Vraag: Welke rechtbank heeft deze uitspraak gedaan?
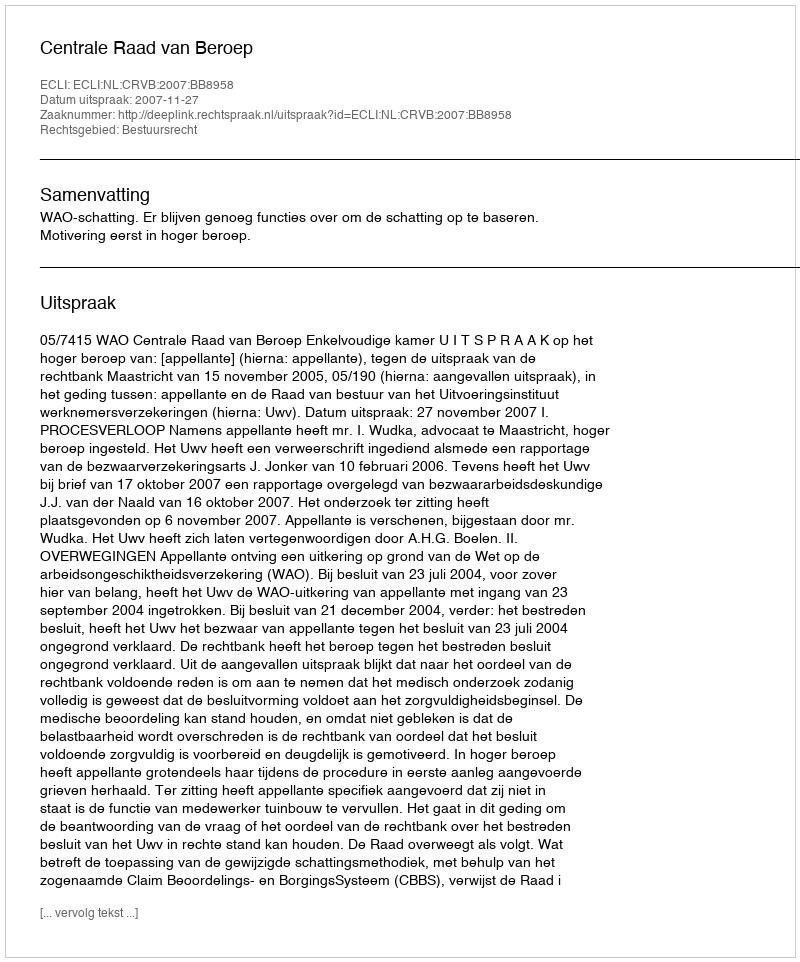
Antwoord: Centrale Raad van Beroep